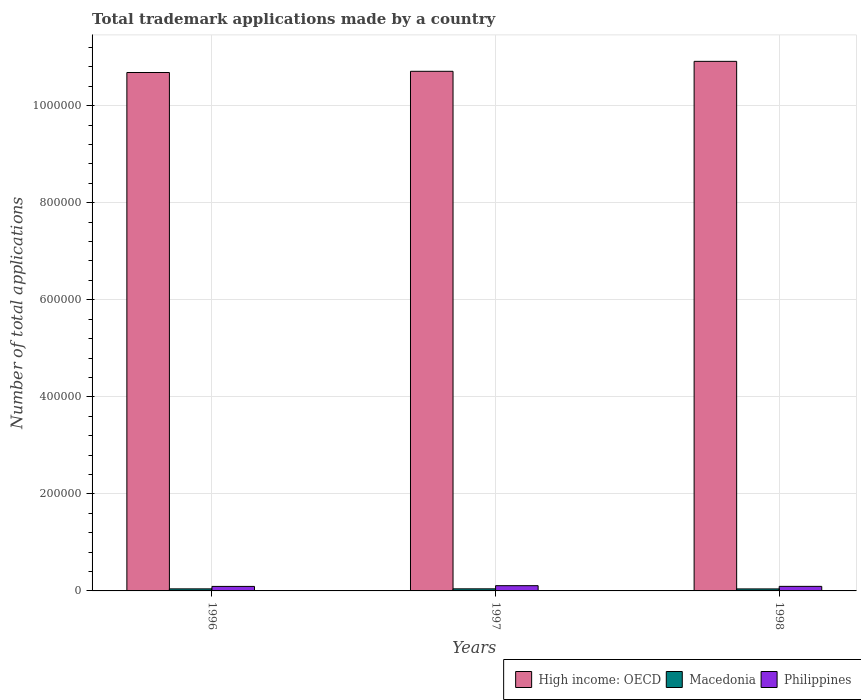
| Years | High income: OECD | Macedonia | Philippines |
 | --- | --- | --- | --- |
 | 1996 | 1.07e+06 | 4.24e+03 | 9.28e+03 |
 | 1997 | 1.07e+06 | 4.3e+03 | 1.08e+04 |
 | 1998 | 1.09e+06 | 4.14e+03 | 9.4e+03 |